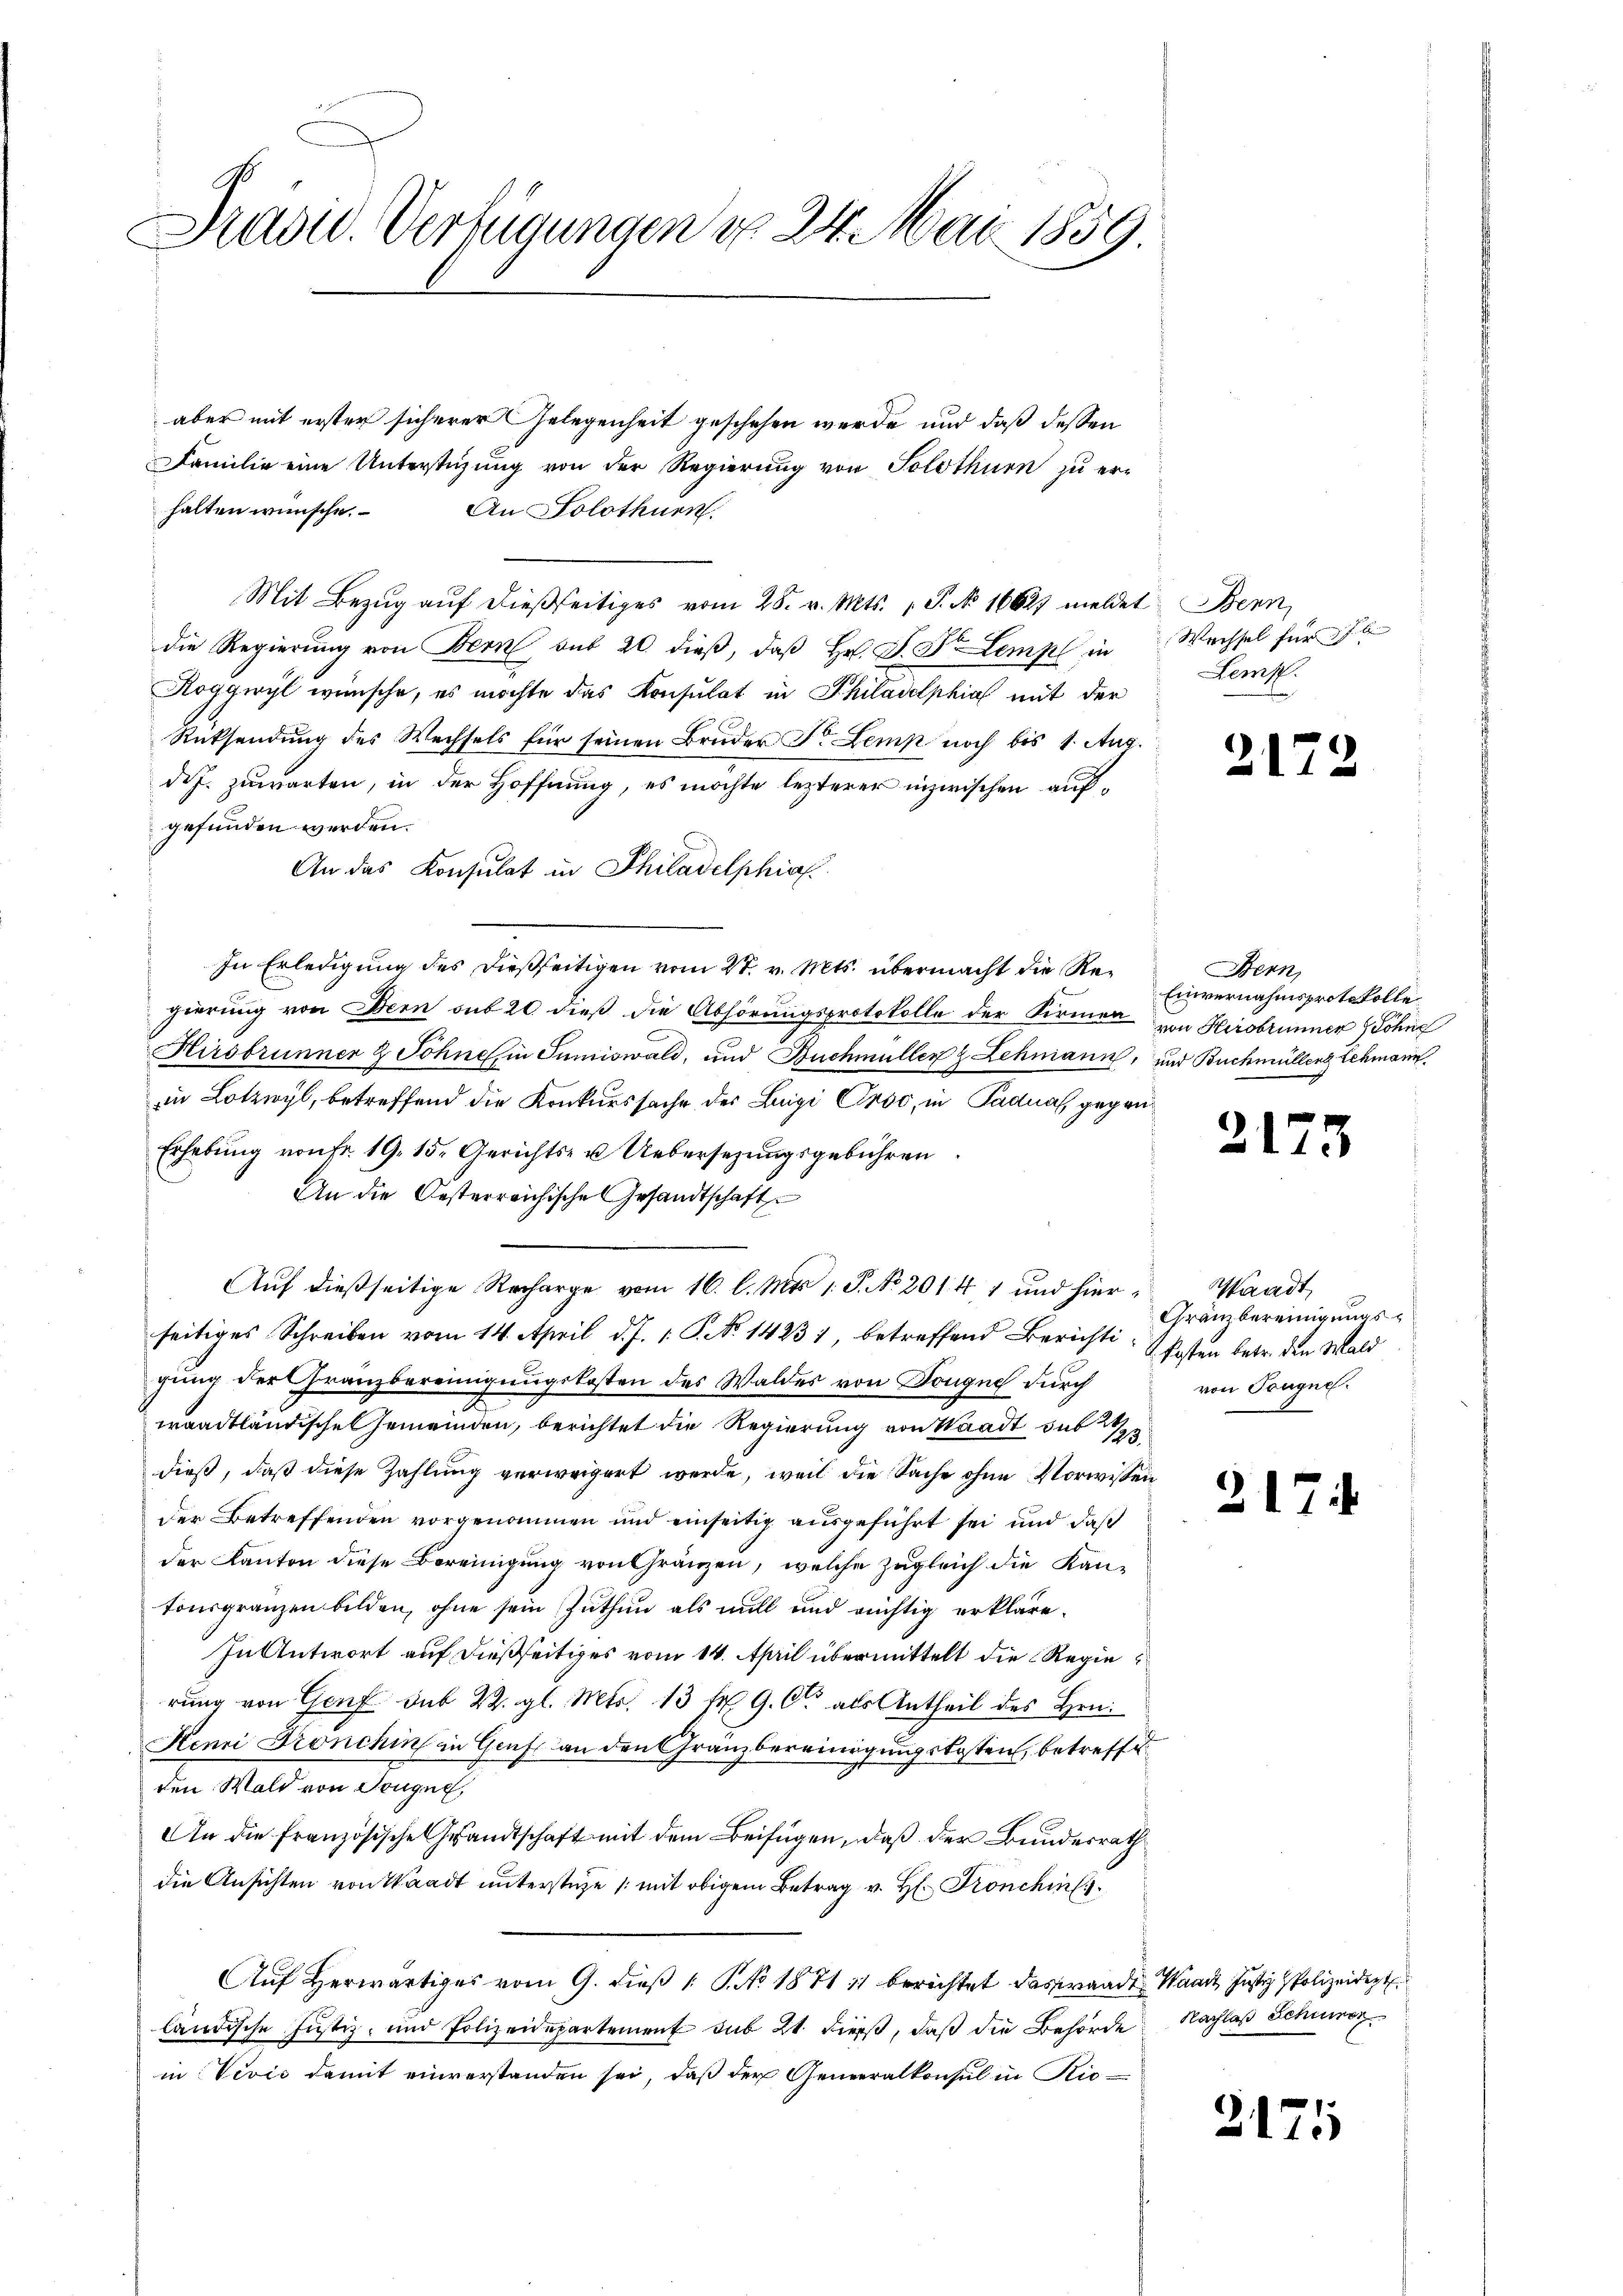
Präsid. Verfügungen do 24. Mai 1859

aber mit erster sicherer Gelegenheit geschehen werde und daß dessen
Familie eine Unterstigung von der Regierŭng von Solothurn zu er-
halten wünsche.
An Solothurn.
Mit Bezug auf dießseitiges vom 28. v. Mts. S. No 16627 meldet Bern,
die Regierung von Bern bis 20 dieß, daß Hr. P. Dr. Lempl in
Roggwyl wünsche, es möchte das Konsulat in Philadelphia mit der
Rücksendung des Wechsels für seinen Bruder Dr. Lemp noch bis 1. Aug.
des. zuwarten, in der Hoffnung, es möchte lezterer inzwischen aufgefunden werden.
An das Konsulat in Philadelphia
In Erledigung des dießseitigen vom 27. v. Mts. übermacht die Regierung von Bern sub 20 dieß die Abhörungsprotokolle der Firmen von Hirobrunner Söhne
Hirsbrunner & Sohnehin Juniswald, und Buchmüller & Lehmann, und Buchmüllenz Schmann
in Lotzwyl, betreffend die Konkurssache des Luigi Croo, in Padnal, gegen¬
Erhebung von Fr. 19. 15. Gerichts- u. Uebersezungsgebühren
An die Oesterreichische Gesandtschaft
Auf dießseitige Recharge vom 16. l. Mts. 1. P. No 2014 1 und hierseitiges Schreiben vom 14. April d. J. 1. P. No 14231, betreffend Berichti
gung der Franzbereinigungskosten des Waldes von Dongue durch
waadtländische Gemeinden, berichtet die Regierung von Waadt sub
dieß, daß diese Zahlung verweigert werde, weil die Sache ohne Vorwissen
der Betreffenden vorgenommen und einseitig ausgeführt sei und daß
der Kanton diese Bereinigung von Gränzen, welche zugleich die Kantonsgränzen bilden, ohne sein Zuthun als will und richtig erkläre.
In Antwort auf dießseitiges vom 14. April übermittelt die Regierung von Genf sub 22. gl. Mts. 13 fr. 9. C. als Antheil des Hrn.
Henri Tronchin in Genf an den Gränzbereinigungskosten, betreffe
den Wald von Trugue
An die französische Grandtschaft mit dem Beifügen, daß der Bundesrath
die Ansichten von Waadt unterstehe /: mit obigem Betrag v. H. Fronchin
Auf Herwärtiges vom 9. dieß 1 S. No 1871 11 berichtet das anden Waadt Justiz Polizeidigt
ländische Justiz- und Polizeidepartement sub 21. diess, daß die Behörde
in Vević damit einverstanden sei, daß der Generalkonsul in Rie¬

Wechsel für
Heff.

G

Bern,
Einvernahmsprotokolle

2

Standt
Gränzbereinigungskosten betr. den Wald
von Taugne.

3

31

3

7

Nachlaß Schumor

1